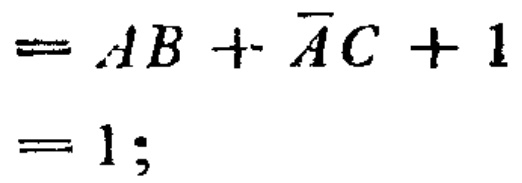
\[
\begin{align*}
&=AB+\overline{A}C + 1\\
&=1;
\end{align*}
\]